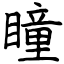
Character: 瞳